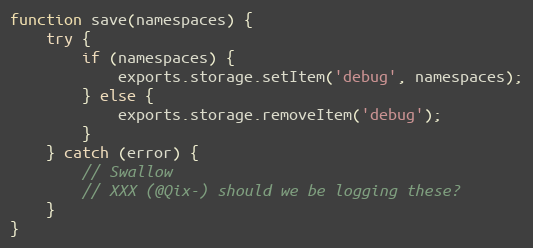
Language: JavaScript
function save(namespaces) {
	try {
		if (namespaces) {
			exports.storage.setItem('debug', namespaces);
		} else {
			exports.storage.removeItem('debug');
		}
	} catch (error) {
		// Swallow
		// XXX (@Qix-) should we be logging these?
	}
}